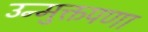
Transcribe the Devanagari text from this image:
उन्मुक्तपणा